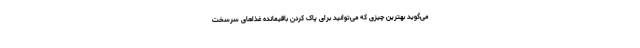
می‌گوید بهترین چیزی که می‌توانید برای پاک کردن باقیمانده غذاهای سرسخت